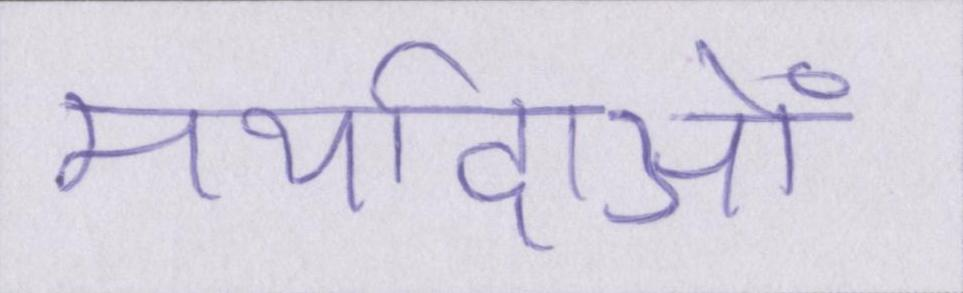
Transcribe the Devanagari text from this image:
मर्यादाओं